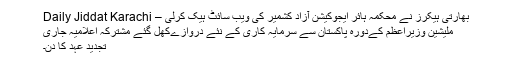
بھارتی ہیکرز نے محکمہ ہائر ایجوکیشن آزاد کشمیر کی ویب سائٹ ہیک کرلی – Daily Jiddat Karachi
ملیشین وزیراعظم کےدورہ پاکستان سے سرمایہ کاری کے نئے دروازےکھل گئے مشترکہ اعلامیہ جاری
تجدید عہد کا دن۔